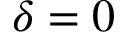
\delta = 0